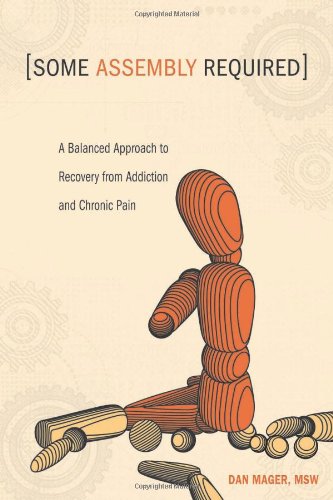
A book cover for Some Assembly Required: A Balanced Approach to Recovery from Addiction and Chronic Pain; Dan Mager; Health, Fitness & Dieting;